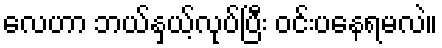
လေဟာ ဘယ်နှယ့်လုပ်ပြီး ဝင်းပနေရမလဲ။